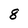
Character: 8